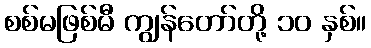
စစ်မဖြစ်မီ ကျွန်တော်တို့ ၁၀ နှစ်။